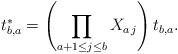
LaTeX: \begin{align*}t_{b,a}^*=\left( \prod_{a+1 \le j \le b} X_{a\,j}\right) t_{b,a}.\end{align*}